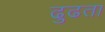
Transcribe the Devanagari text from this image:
ढुढता